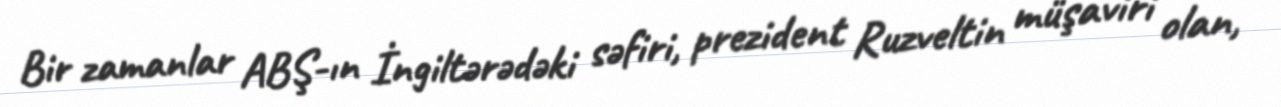
Bir zamanlar ABŞ-ın İngiltərədəki səfiri, prezident Ruzveltin müşaviri olan,